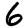
Digit: 6